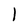
Character: l